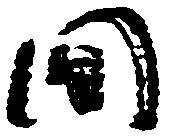
間